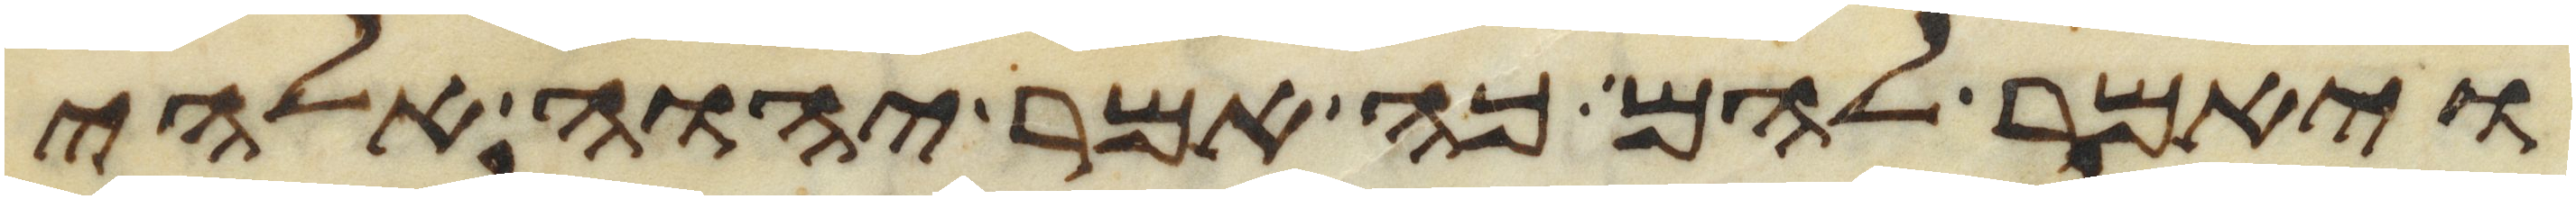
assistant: ויאמר להם כה אמר יהוה אלהי